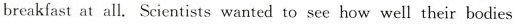
breakfast at all. Scientists wanted to see how well their bodies